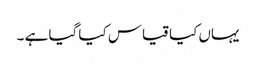
یہاں کیا قیاس کیا گیا ہے ۔